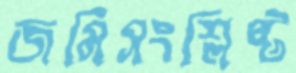
জমিসংশ্লিষ্ট